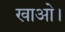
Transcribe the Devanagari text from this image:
खाओ।